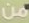
من